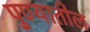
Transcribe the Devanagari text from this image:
पु्ण्यातील